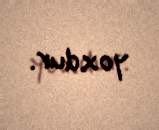
yoxdur.